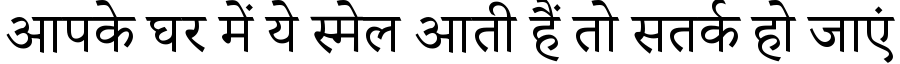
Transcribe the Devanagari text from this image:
आपके घर में ये स्मेल आती हैं तो सतर्क हो जाएं